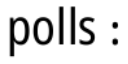
polls :